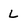
Character: L